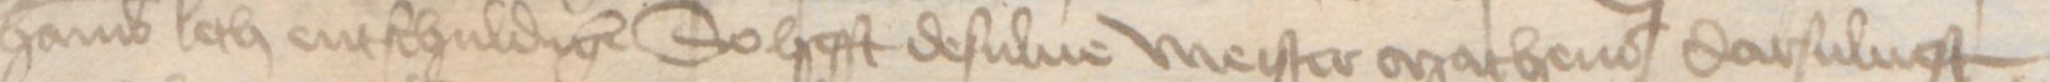
Transcription: Hamburch leth entschuldigen So hefft desulue meister Matheus darsuluest